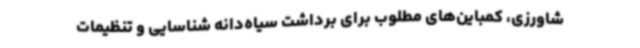
شاورزی، کمباین‌های مطلوب برای برداشت سیاه‌دانه شناسایی و تنظیمات